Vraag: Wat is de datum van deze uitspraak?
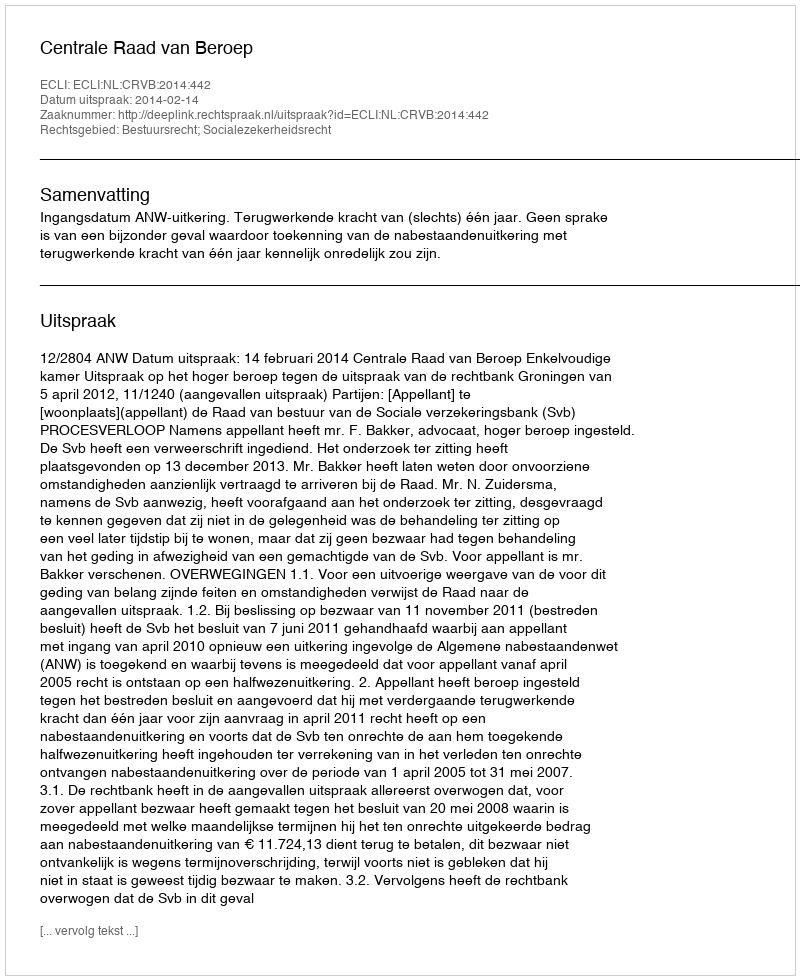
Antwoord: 2014-02-14